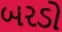
બરડો